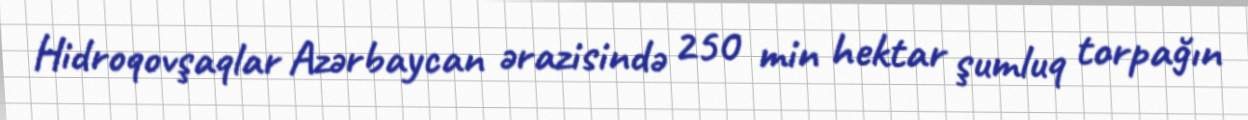
Hidroqovşaqlar Azərbaycan ərazisində 250 min hektar şumluq torpağın